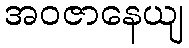
အဝဇာနေယျ